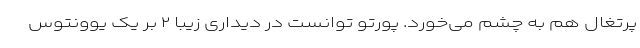
پرتغال هم به چشم می‌خورد. پورتو توانست در دیداری زیبا ۲ بر یک یوونتوس